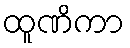
ထူဏိကာ